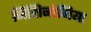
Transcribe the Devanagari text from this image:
निशिनोमिया